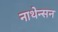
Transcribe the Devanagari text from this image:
नाथेन्सन